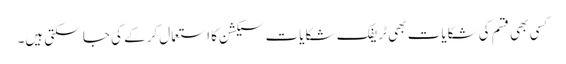
کسی بھی قسم کی شکایات بھی ٹریفک شکایات سیکشن کا استعمال کرکے کی جا سکتی ہیں۔